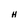
Character: H